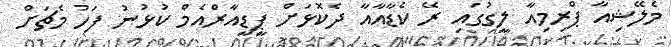
މެލޭޝިއާ ޕްރިމިއާ ލީގުގައި ރޭ ކެޑާއާއާ ދެކޮޅަށް ޕީޑީއާރްއެމް ކުޅުނު ފަހު މެޗަށް